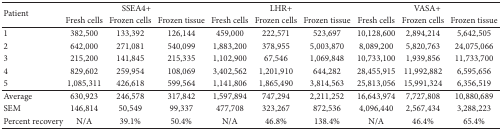
| <ROWSPAN=2> Patient | <COLSPAN=3> SSEA4+ | <COLSPAN=3> LHR+ | <COLSPAN=3> VASA+ |
 | Fresh cells | Frozen cells | Frozen tissue | Fresh cells | Frozen cells | Frozen tissue | Fresh cells | Frozen cells | Frozen tissue |
 | --- | --- | --- | --- | --- | --- | --- | --- | --- | --- |
 | 1 | 382,500 | 133,392 | 126,144 | 459,000 | 222,571 | 523,697 | 10,128,600 | 2,894,214 | 5,642,505 |
 | 2 | 642,000 | 271,081 | 540,099 | 1,883,200 | 378,955 | 5,003,870 | 8,089,200 | 5,820,763 | 24,075,066 |
 | 3 | 215,200 | 141,845 | 215,335 | 1,102,900 | 67,546 | 1,069,848 | 10,733,100 | 1,939,856 | 11,733,700 |
 | 4 | 829,602 | 259,954 | 108,069 | 3,402,562 | 1,201,910 | 644,282 | 28,455,915 | 11,992,882 | 6,595,656 |
 | 5 | 1,085,311 | 426,618 | 599,564 | 1,141,806 | 1,865,490 | 3,814,563 | 25,813,056 | 15,991,324 | 6,356,519 |
 | Average | 630,923 | 246,578 | 317,842 | 1,597,894 | 747,294 | 2,211,252 | 16,643,974 | 7,727,808 | 10,880,689 |
 | SEM | 146,814 | 50,549 | 99,337 | 477,708 | 323,267 | 872,536 | 4,096,440 | 2,567,434 | 3,288,223 |
 | Percent recovery | N/A | 39.1% | 50.4% | N/A | 46.8% | 138.4% | N/A | 46.4% | 65.4% |